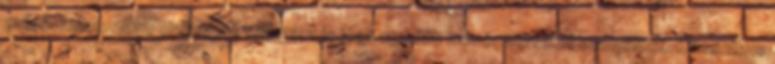
zsidó-keresztény civilizáció számára is jogi, morális zsinórmértékül szolgáltak. Klasszikus